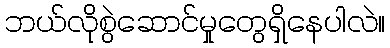
ဘယ်လိုစွဲဆောင်မှုတွေရှိနေပါလဲ။